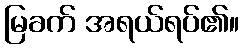
မြခက် အရယ်ရပ်၏။